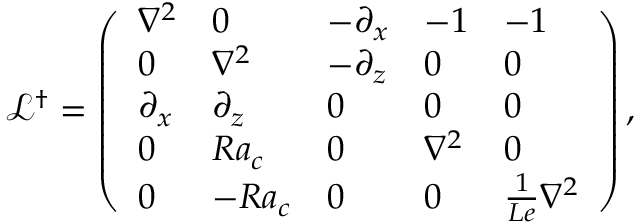
\mathcal { L } ^ { \dagger } = \left( \begin{array} { l l l l l } { \nabla ^ { 2 } } & { 0 } & { - \partial _ { x } } & { - 1 } & { - 1 } \\ { 0 } & { \nabla ^ { 2 } } & { - \partial _ { z } } & { 0 } & { 0 } \\ { \partial _ { x } } & { \partial _ { z } } & { 0 } & { 0 } & { 0 } \\ { 0 } & { R a _ { c } } & { 0 } & { \nabla ^ { 2 } } & { 0 } \\ { 0 } & { - R a _ { c } } & { 0 } & { 0 } & { \frac { 1 } { L e } \nabla ^ { 2 } } \end{array} \right) ,